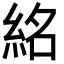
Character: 𥿨